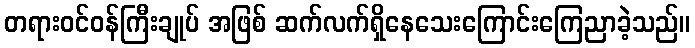
တရားဝင်ဝန်ကြီးချုပ် အဖြစ် ဆက်လက်ရှိနေသေးကြောင်းကြေညာခဲ့သည်။